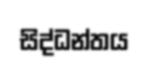
සිද්ධන්තය